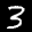
Label: 3